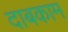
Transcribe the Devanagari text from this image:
दाबकाम